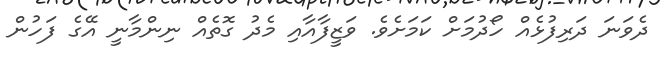
ދެވަނަ ދަރިފުޅެއް ހޯދުމަށް ކަމަށެވެ. ވަޒީފާއާއި މެދު ގޮތެއް ނިންމާނީ އޭގެ ފަހުން